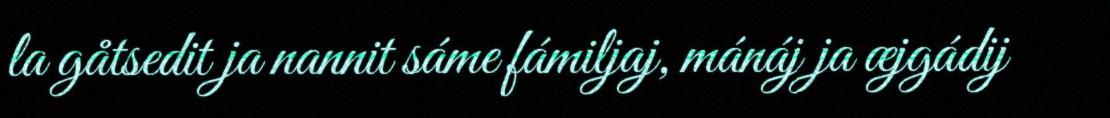
la gåtsedit ja nannit sáme fámiljaj, mánáj ja æjgádij